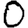
Digit: 0